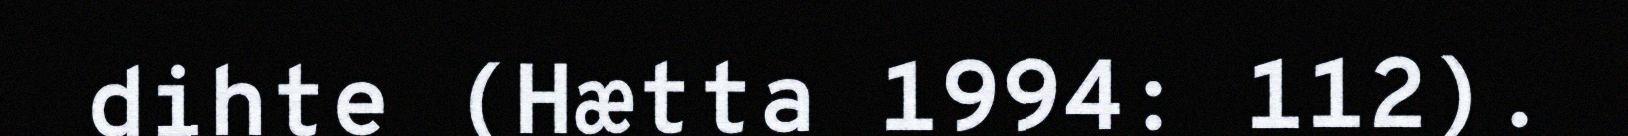
dihte (Hætta 1994: 112).